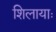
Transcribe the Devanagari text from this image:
शिलायाः